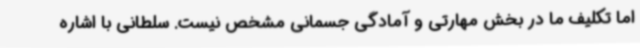
اما تکلیف ما در بخش مهارتی و آمادگی جسمانی مشخص نیست. سلطانی با اشاره